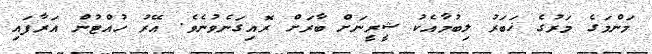
މަންމަގެ މަރުގެ ޚަބަރު ލިބުމާއެކު ޝީރީނަށް ބާރަށް ރޮއިގަނެވުނެވެ. އޭރު ހުއްޓުން އަރާފައި